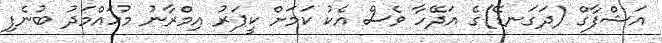
އަޝްފާގް (ދަގަނޑޭ)ގެ އަދޭހާ ވެސް އެކު ކަމަށް ކީޕަރު އިމްރާނު މުހައްމަދު ބުނެފި